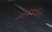
ભગવવાન